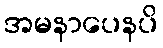
အမနာပေနပိ